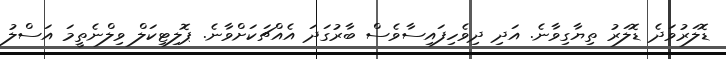
ޑޮލަރުވަދެ ޑޮލަރު ތިޔާގިވާނެ. އަދި ދިވެހިފައިސާވެސް ބާރުގަދަ އެއްޗަކަށްވާނެ. ޕޮލިޓިކަލް ވިލްނެތީމަ އަސްލު